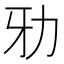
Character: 𠡁